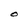
Character: O